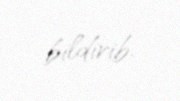
bildirib.